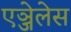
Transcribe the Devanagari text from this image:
एञ्जेलेस